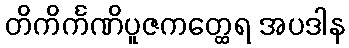
တိကိင်္ကဏိပူဇကတ္ထေရ အပဒါန